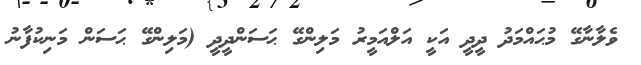
ވެލާނާގޭ މުޙައްމަދު ދީދީ އަކީ އަލްއަމީރު މަލިންގޭ ޙަަސަންދީދީ (މަލިންގޭ ޙަސަން މަނިކުފާނު